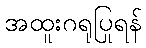
အထူးဂရုပြုရန်